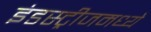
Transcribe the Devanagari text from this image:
इंडस्ट्रीजमध्ये